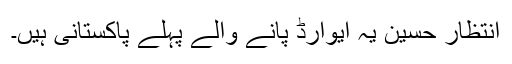
انتظار حسین یہ ایوارڈ پانے والے پہلے پاکستانی ہیں۔